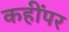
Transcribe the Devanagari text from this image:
कहींपर